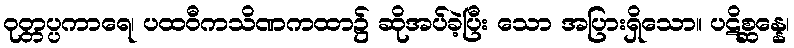
ဝုတ္တပ္ပကာရေ၊ ပထဝီကသိဏကထာ၌ ဆိုအပ်ခဲ့ပြီး သော အပြားရှိသော။ ပဋိစ္ဆန္နေ၊